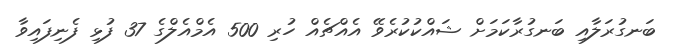
ބަނގުރަލާއި ބަނގުރާކަމަށް ޝައްކުކުރެވޭ އެއްޗެއް ހުރި 500 އެމްއެލްގެ 37 ފުޅި ފެނިފައިވާ